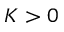
K > 0